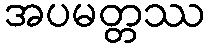
အပမတ္တဿ